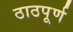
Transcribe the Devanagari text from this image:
ठाठपूर्ण